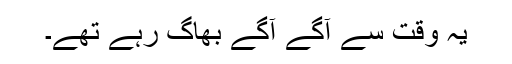
یہ وقت سے آگے آگے بھاگ رہے تھے۔